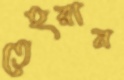
তেহরান